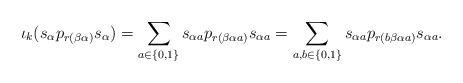
LaTeX: \begin{align*}\iota_k (s_{\alpha} p_{r(\beta \alpha)} s_{\alpha}) = \sum_{a \in \{0,1\}} s_{\alpha a} p_{r(\beta \alpha a)} s_{\alpha a} = \sum_{a,b \in \{0, 1\}} s_{\alpha a} p_{r(b \beta \alpha a)} s_{\alpha a}.\end{align*}